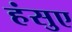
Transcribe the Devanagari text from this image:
हंसुए